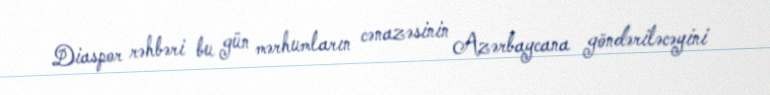
Diaspor rəhbəri bu gün mərhumların cənazəsinin Azərbaycana göndəriləcəyini